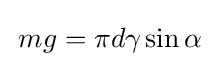
\,mg=\pi d\gamma \sin \alpha